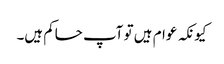
کیونکہ عوام ہیں تو آپ حاکم ہیں۔